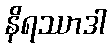
နိရဿာဒါ